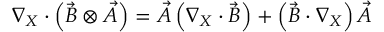
\nabla _ { X } \cdot \left( \vec { B } \otimes \vec { A } \right) = \vec { A } \left( \nabla _ { X } \cdot \vec { B } \right) + \left( \vec { B } \cdot \nabla _ { X } \right) \vec { A }